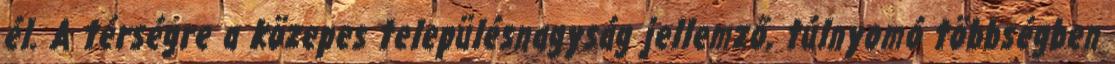
él. A térségre a közepes településnagyság jellemző, túlnyomó többségben